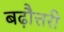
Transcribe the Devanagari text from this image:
बढ़ौत्तरी